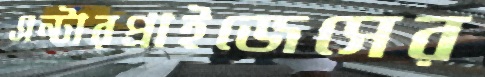
এন্টারপ্রাইজেসের